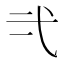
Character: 𭚟